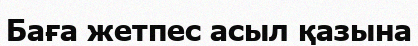
Баға жетпес асыл қазына